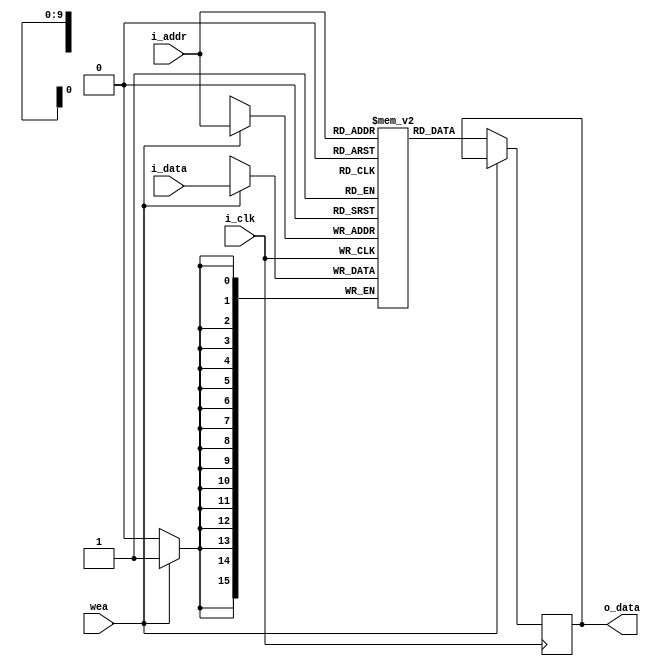
`timescale 1ns / 1ps
//////////////////////////////////////////////////////////////////////////////////
// Company: 
// Engineer: 
// 
// Design Name: 
// Module Name: data_mem
// Project Name: 
// Target Devices: 
// Tool Versions: 
// Description: 
// 
// Dependencies: 
// 
// Revision:
// Revision 0.01 - File Created
// Additional Comments:
// 
//////////////////////////////////////////////////////////////////////////////////


//  Xilinx Single Port No Change RAM
//  This code implements a parameterizable single-port no-change memory where when data is written
//  to the memory, the output remains unchanged.  This is the most power efficient write mode.
//  If a reset or enable is not necessary, it may be tied off or removed from the code.

module data_mem #(
  parameter RAM_WIDTH = 16,                       // Specify RAM data width
  parameter RAM_DEPTH = 1024,                     // Specify RAM depth (number of entries)
  parameter RAM_PERFORMANCE = "LOW_LATENCY",      // Select "HIGH_PERFORMANCE" or "LOW_LATENCY" 
  parameter INIT_FILE = ""                        // Specify name/location of RAM initialization file if using one (leave blank if not)
) (
  input [clogb2(RAM_DEPTH-1)-1:0] i_addr,    // Address bus, width determined from RAM_DEPTH
  input [RAM_WIDTH-1:0] i_data,              // RAM input data
  input i_clk,                              // Clock
  input wea,                                // Write enable
//  input ena,                                // RAM Enable, for additional power savings, disable port when not in use
//  input rsta,                               // Output reset (does not affect memory contents)
//  input regcea,                             // Output register enable
  output [RAM_WIDTH-1:0] o_data              // RAM output data
);

  wire                      ena     = 1;    // RAM Enable, for additional power savings, disable port when not in use
  wire                      rsta    = 0;    // Output reset (does not affect memory contents)
  wire                      regcea  = 0;    // Output register enable
  
  reg [RAM_WIDTH-1:0] BRAM [RAM_DEPTH-1:0];
  reg [RAM_WIDTH-1:0] ram_data = {RAM_WIDTH{1'b0}};

  // The following code either initializes the memory values to a specified file or to all zeros to match hardware
  generate
    if (INIT_FILE != "") begin: use_init_file       //Inicializa la memoria con un archivo
      initial
        $readmemh(INIT_FILE, BRAM, 0, RAM_DEPTH-1);
    end else begin: init_bram_to_zero               //Inicializa la memoria en cero
      integer ram_index;
      initial
        for (ram_index = 0; ram_index < RAM_DEPTH; ram_index = ram_index + 1)
          BRAM[ram_index] = {RAM_WIDTH{1'b0}};
    end
  endgenerate

  always @(posedge i_clk)
    if (ena)                        //Si la RAM esta habilitada
      if (wea)                      //Write = 1 ==> escribo en la memoria
        BRAM[i_addr] <= i_data;
      else                          //Mantengo el valor
        ram_data <= BRAM[i_addr];

  //  The following code generates HIGH_PERFORMANCE (use output register) or LOW_LATENCY (no output register)
  generate
    if (RAM_PERFORMANCE == "LOW_LATENCY") begin: no_output_register

      // The following is a 1 clock cycle read latency at the cost of a longer clock-to-out timing
       assign o_data = ram_data;

    end else begin: output_register

      // The following is a 2 clock cycle read latency with improve clock-to-out timing

      reg [RAM_WIDTH-1:0] douta_reg = {RAM_WIDTH{1'b0}};

      always @(posedge i_clk)
        if (rsta)
          douta_reg <= {RAM_WIDTH{1'b0}};
        else if (regcea)
          douta_reg <= ram_data;

      assign o_data = douta_reg;

    end
  endgenerate

  //  The following function calculates the address width based on specified RAM depth (Calcula la profundida de la memoria)
  function integer clogb2;
    input integer depth;
      for (clogb2=0; depth>0; clogb2=clogb2+1)
        depth = depth >> 1;
  endfunction

endmodule

// The following is an instantiation template for xilinx_single_port_ram_no_change
/*
  //  Xilinx Single Port No Change RAM
  xilinx_single_port_ram_no_change #(
    .RAM_WIDTH(18),                       // Specify RAM data width
    .RAM_DEPTH(1024),                     // Specify RAM depth (number of entries)
    .RAM_PERFORMANCE("HIGH_PERFORMANCE"), // Select "HIGH_PERFORMANCE" or "LOW_LATENCY" 
    .INIT_FILE("")                        // Specify name/location of RAM initialization file if using one (leave blank if not)
  ) your_instance_name (
    .i_addr(i_addr),    // Address bus, width determined from RAM_DEPTH
    .dina(dina),      // RAM input data, width determined from RAM_WIDTH
    .i_clk(i_clk),      // Clock
    .wea(wea),        // Write enable
    .ena(ena),        // RAM Enable, for additional power savings, disable port when not in use
    .rsta(rsta),      // Output reset (does not affect memory contents)
    .regcea(regcea),  // Output register enable
    .douta(douta)     // RAM output data, width determined from RAM_WIDTH
  );

*/